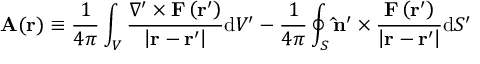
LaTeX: \mathbf { A } ( \mathbf { r } ) \equiv { \frac { 1 } { 4 \pi } } \int _ { V } { \frac { \nabla ^ { \prime } \times \mathbf { F } \left( \mathbf { r } ^ { \prime } \right) } { \left| \mathbf { r } - \mathbf { r } ^ { \prime } \right| } } \mathrm { d } V ^ { \prime } - { \frac { 1 } { 4 \pi } } \oint _ { S } \mathbf { \hat { n } } ^ { \prime } \times { \frac { \mathbf { F } \left( \mathbf { r } ^ { \prime } \right) } { \left| \mathbf { r } - \mathbf { r } ^ { \prime } \right| } } \mathrm { d } S ^ { \prime }